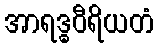
အာရဒ္ဓဝီရိယတံ